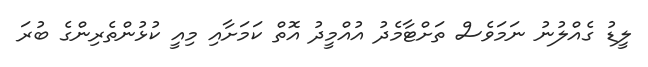
ލީޑު ގެއްލުނު ނަމަވެސް ތަށްޓާމެދު އުއްމީދު އޮތް ކަމަށާއި މިއީ ކުޅުންތެރިންގެ ބުރަ